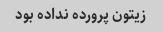
زیتون پرورده نداده بود